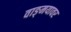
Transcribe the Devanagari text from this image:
वाङ्‌मयावर